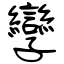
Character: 孿